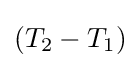
(T_{2}-T_{1})